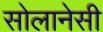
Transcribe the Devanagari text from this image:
सोलानेसी